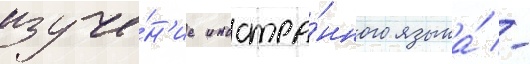
изуче́н'ие иностра́нного языка́ -